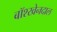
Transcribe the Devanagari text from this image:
बॉश्खेनदाल